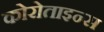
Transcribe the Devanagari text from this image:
कोरोताइन्स